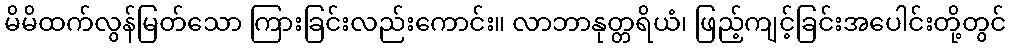
မိမိထက်လွန်မြတ်သော ကြားခြင်းလည်းကောင်း။ လာဘာနုတ္တရိယံ၊ ဖြည့်ကျင့်ခြင်းအပေါင်းတို့တွင်